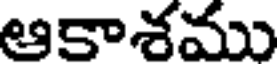
ఆకాశము